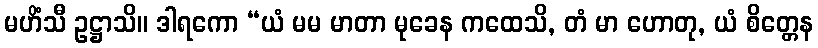
မဟိံသီ ဥဋ္ဌာသိ။ ဒါရကော “ယံ မမ မာတာ မုခေန ကထေသိ, တံ မာ ဟောတု, ယံ စိတ္တေန